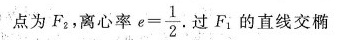
点为F_{2}，离心率$$e= \frac{1}{2}$$.过F_{1}的直线交椭